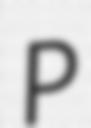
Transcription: P